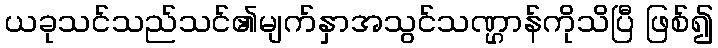
ယခုသင်သည်သင်၏မျက်နှာအသွင်သဏ္ဌာန်ကိုသိပြီ ဖြစ်၍